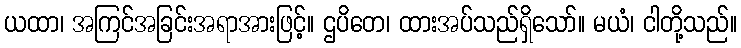
ယထာ၊ အကြင်အခြင်းအရာအားဖြင့်။ ဌပိတေ၊ ထားအပ်သည်ရှိသော်။ မယံ၊ ငါတို့သည်။